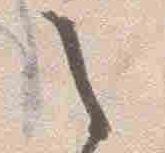
之